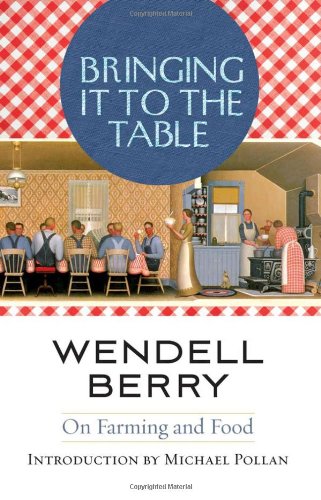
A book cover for Bringing It to the Table: On Farming and Food; Wendell Berry; Humor & Entertainment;